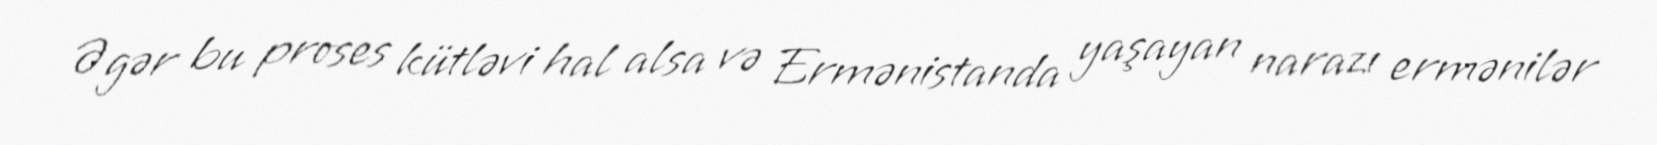
Əgər bu proses kütləvi hal alsa və Ermənistanda yaşayan narazı ermənilər